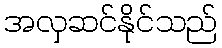
အလှဆင်နိုင်သည်